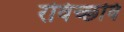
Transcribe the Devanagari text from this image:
रविच्छवि